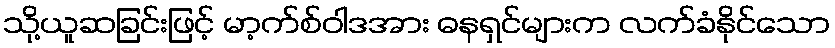
သို့ယူဆခြင်းဖြင့် မာ့က်စ်ဝါဒအား ဓနရှင်များက လက်ခံနိုင်သော